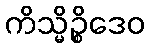
ကိသ္မိဉ္စိဒေဝ